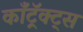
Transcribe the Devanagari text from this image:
काँट्रॅक्ट्स